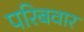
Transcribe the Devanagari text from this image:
परिबवार